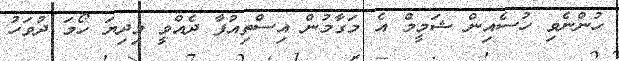
ހުންނެވި ހުސެއިން ޝަމީމް އެ މަގާމުން އިސްތިއުފާ ދެއްވީ މިދިޔަ ހޯމަ ދުވަހު